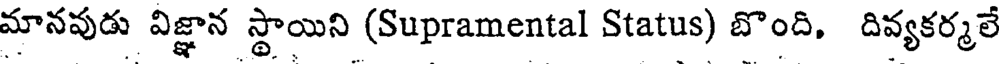
మానవుడు విజ్ఞాన స్థాయిని (Supramental Status) బొంది, దివ్యకర్మలే